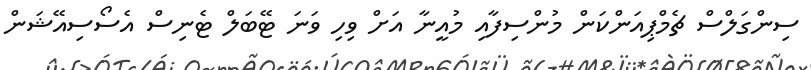
ސިންގަލްސް ޗެމްޕިއަންކަން މުންސިފާއި މުއީނާ އަށް ވިހި ވަނަ ޓޭބަލް ޓެނިސް އެސޯސިއޭޝަން